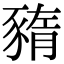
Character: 𧱫